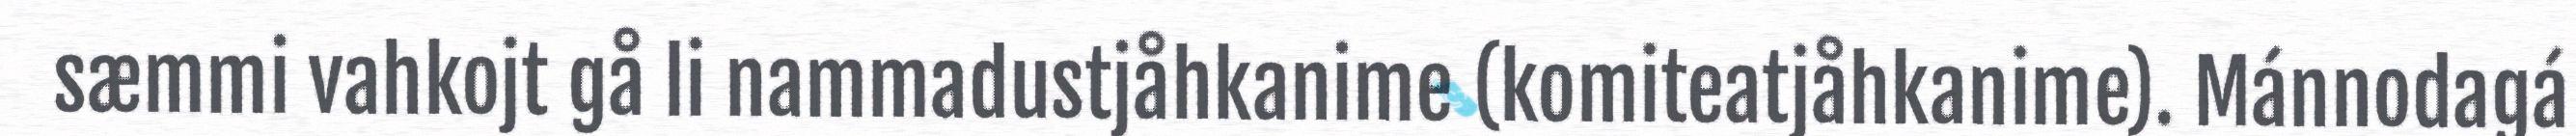
sæmmi vahkojt gå li nammadustjåhkanime (komiteatjåhkanime). Mánnodagá